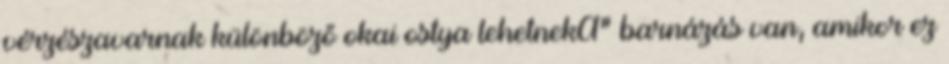
vérzészavarnak különböző okai ostya lehetnekA" barnázás van, amikor ez